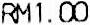
RM1.00